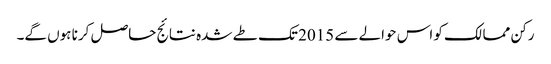
رکن ممالک کو اس حوالے سے 2015 تک طے شدہ نتائج حاصل کرنا ہوں گے۔